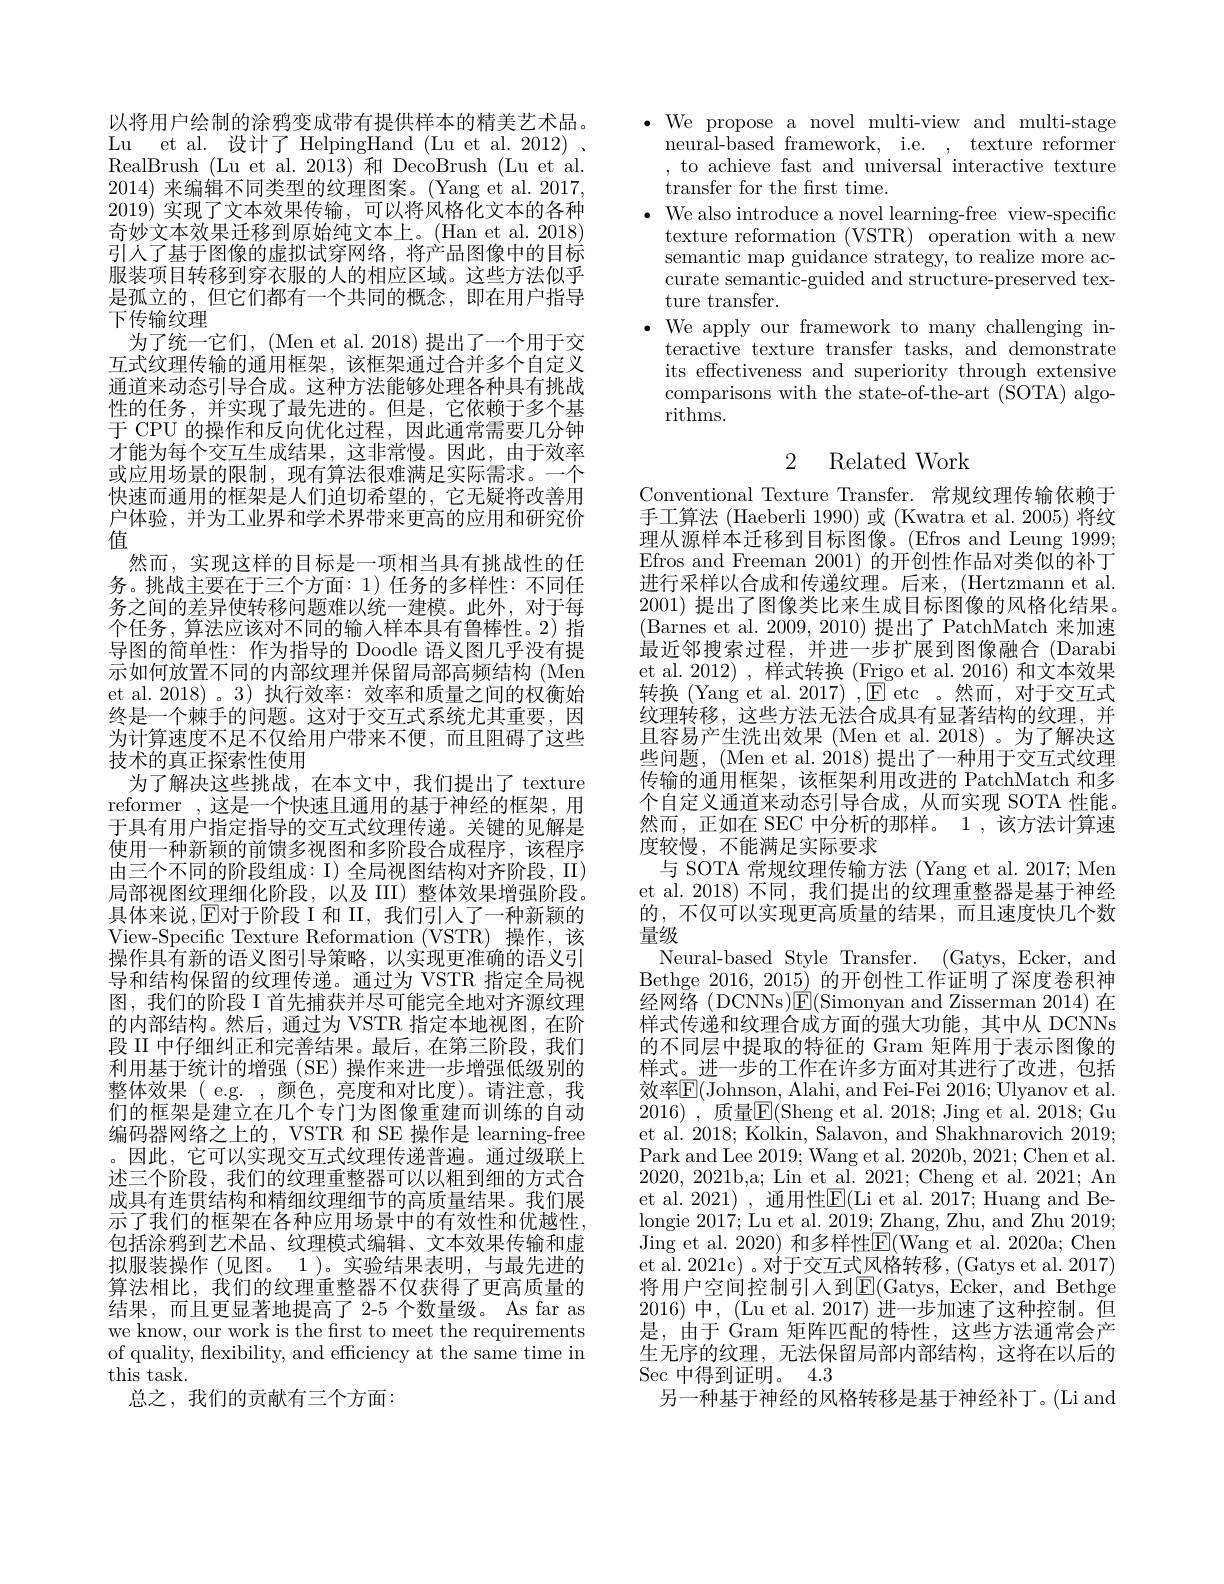
以将用户绘制的涂鸦变成带有提供样本的精美艺术品。Lu et al. 设计了 HelpingHand (Lu et al. 2012) . RealBrush (Lu et al.2013) 和 DecoBrush (Lu et al. 2014)来编辑不同类型的纹理图案。(Yang et al. 2017, 2019)实现了文本效果传输，可以将风格化文本的各种奇妙文本效果迁移到原始纯文本上。(Han et al. 2018) 引人了基于图像的虚拟试穿网络，将产品图像中的目标服装项目转移到穿衣服的人的相应区域。这些方法似乎是孤立的，但它们都有一个共同的概念，即在用户指导下传输纹理
为了统一它们，(Men et al. 2018) 提出了一个用于交互式纹理传输的通用框架，该框架通过合并多个自定义通道来动态引导合成。这种方法能够处理各种具有挑战性的任务，并实现了最先进的。但是，它依赖于多个基于 CPU 的操作和反向优化过程，因此通常需要几分钟才能为每个交互生成结果，这非常慢。因此，由于效率或应用场景的限制，现有算法很难满足实际需求。一个快速而通用的框架是人们迫切希望的，它无疑将改善用户体验，并为工业界和学术界带来更高的应用和研究价值
然而，实现这样的目标是一项相当具有挑战性的任务。挑战主要在于三个方面：1)任务的多样性：不同任务之间的差异使转移问题难以统一建模。此外，对于每个任务，算法应该对不同的输入样本具有鲁棒性。2)指导图的简单性：作为指导的 Doodle 语义图几乎没有提示如何放置不同的内部纹理并保留局部高频结构 (Men et al.2018)。3)执行效率：效率和质量之间的权衡始终是一个棘手的问题。这对于交互式系统尤其重要，因为计算速度不足不仅给用户带来不便，而且阻碍了这些技术的真正探索性使用
为了解决这些挑战，在本文中，我们提出了 texture reformer ,这是一个快速且通用的基于神经的框架，用于具有用户指定指导的交互式纹理传递。关键的见解是使用一种新颖的前馈多视图和多阶段合成程序，该程序由三个不同的阶段组成：I)全局视图结构对齐阶段，II) 局部视图纹理细化阶段，以及III)整体效果增强阶段。具体来说，E对于阶段 II,我们引入了一种新颖的View-Specific Texture Reformation (VSTR) 操作，该操作具有新的语义图引导策略，以实现更准确的语义引导和结构保留的纹理传递。通过为 VSTR 指定全局视图，我们的阶段 I 首先捕获并尽可能完全地对齐源纹理的内部结构。然后，通过为 VSTR 指定本地视图，在阶段 II 中仔细纠正和完善结果。最后，在第三阶段，我们利用基于统计的增强(SE)操作来进一步增强低级别的整体效果(e.g.,颜色，亮度和对比度)。请注意，我们的框架是建立在几个专门为图像重建而训练的自动编码器网络之上的，VSTR 和 SE 操作是 learning-free 。因此，它可以实现交互式纹理传递普遍。通过级联上述三个阶段，我们的纹理重整器可以以粗到细的方式合成具有连贯结构和精细纹理细节的高质量结果。我们展示了我们的框架在各种应用场景中的有效性和优越性， 包括涂鸦到艺术品、纹理模式编辑、文本效果传输和虚拟服装操作 (见图。1)。实验结果表明，与最先进的算法相比，我们的纹理重整器不仅获得了更高质量的结果，而且更显著地提高了 2-5 个数量级。As far as we know, our work is the first to meet the requirements of quality, flexibility, and efficiency at the same time in this task.
总之，我们的贡献有三个方面：

$\bullet$ We propose a novel multi-view and multi-stage
neural-based framework, i.e.
texture reformer
, to achieve fast and universal interactive texture
transfer for the frst time.
$\cdot$ We also introduce a novel learning-free view-specific
texture reformation (VSTR) operation with a new semantic map guidance strategy, to realize more accurate semantic-guided and structure-preserved texture transfer
$\bullet$ We apply our framework to many challenging in-
teractive texture transfer tasks, and demonstrate its effectiveness and superiority through extensive comparisons with the state-of-the-art (SOTA) algorithms.

## 2 Related Work

Conventional Texture Transfer. 常规纹理传输依赖于手工算法 (Haeberli 1990) 或 (Kwatra et al. 2005) 将纹理从源样本迁移到目标图像。(Efros and Leung 1999; Efros and Freeman 2001) 的开创性作品对类似的补丁进行采样以合成和传递纹理。后来，(Hertzmann et al. 2001) 提出了图像类比来生成目标图像的风格化结果。(Barnes et al. 2009, 2010) 提出了 PatchMatch 来加速最近邻搜索过程，并进一步扩展到图像融合(Darabi et al. 2012) , 样式转换 (Frigo et al. 2016) 和文本效果转换(Yang et al. 2017) ,$\mathbb{E}$ etc 。然而，对于交互式纹理转移，这些方法无法合成具有显著结构的纹理，并且容易产生洗出效果 (Men et al. 2018) 。为了解决这些问题，(Men et al. 2018) 提出了一种用于交互式纹理传输的通用框架，该框架利用改进的 PatchMatch 和多个自定义通道来动态引导合成，从而实现 SOTA 性能。然而，正如在 SEC 中分析的那样。1 ,该方法计算速度较慢，不能满足实际要求
与 SOTA 常规纹理传输方法 (Yang et al. 2017; Men et al. 2018) 不同，我们提出的纹理重整器是基于神经的，不仅可以实现更高质量的结果，而且速度快几个数量级
Neural-based Style Transfer. (Gatys, Ecker, and Bethge 2016, 2015) 的开创性工作证明了深度卷积神经网络(DCNNs)E(Simonyan and Zisserman 2014)在样式传递和纹理合成方面的强大功能，其中从 DCNNs 的不同层中提取的特征的 Gram 矩阵用于表示图像的样式。进一步的工作在许多方面对其进行了改进，包括效率$\mathbb{E}($Johnson, Alahi, and Fei-Fei 2016; Ulyanov et al. 2016) , 质量E(Sheng et al. 2018; Jing et al. 2018; Gu et al. 2018; Kolkin, Salavon, and Shakhnarovich 2019; Park and Lee 2019; Wang et al. 2020b, 2021; Chen et al. 2020, 2021b,a; Lin et al. 2021; Cheng et al. 2021; An et al. 2021) , 通用性$\underline{\mathrm{E}}($Li et al. 2017; Huang and Belongie 2017;Lu et al. 2019; Zhang, Zhu, and Zhu 2019; Jing et al. 2020) 和多样性E(Wang et al. 2020a; Chen et al. 2021c) 。对于交互式风格转移，(Gatys et al. 2017) 将用户空间控制引人到E(Gatys, Ecker, and Bethge 2016)中，(Lu et al. 2017) 进一步加速了这种控制。但是，由于 Gram 矩阵匹配的特性，这些方法通常会产生无序的纹理，无法保留局部内部结构，这将在以后的Sec 中得到证明。4.3
另一种基于神经的风格转移是基于神经补丁。(Li and